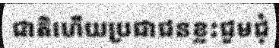
ជាតិហើយប្រជាជនខ្លះជួមជុំ